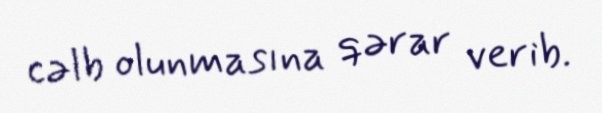
cəlb olunmasına qərar verib.